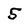
Character: 5